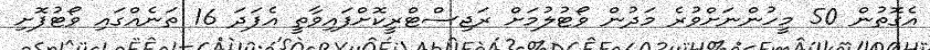
އެގޮތުން 50 މީހުންނަށްވުރެ މަދުން ވޯޓުލުމަށް ރަޖިސްޓްރީކޮށްފައިވާތީ އެފަދަ 16 ތަނެއްގައި ވޯޓުފޮށި